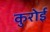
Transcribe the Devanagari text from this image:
कुरोई